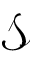
\mathcal { S }